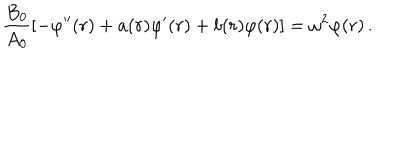
{ \frac { B _ { 0 } } { A _ { 0 } } } [ - \varphi ^ { \prime \prime } ( r ) + a ( r ) \varphi ^ { \prime } ( r ) + b ( r ) \varphi ( r ) ] = \omega ^ { 2 } \varphi ( r ) \, .